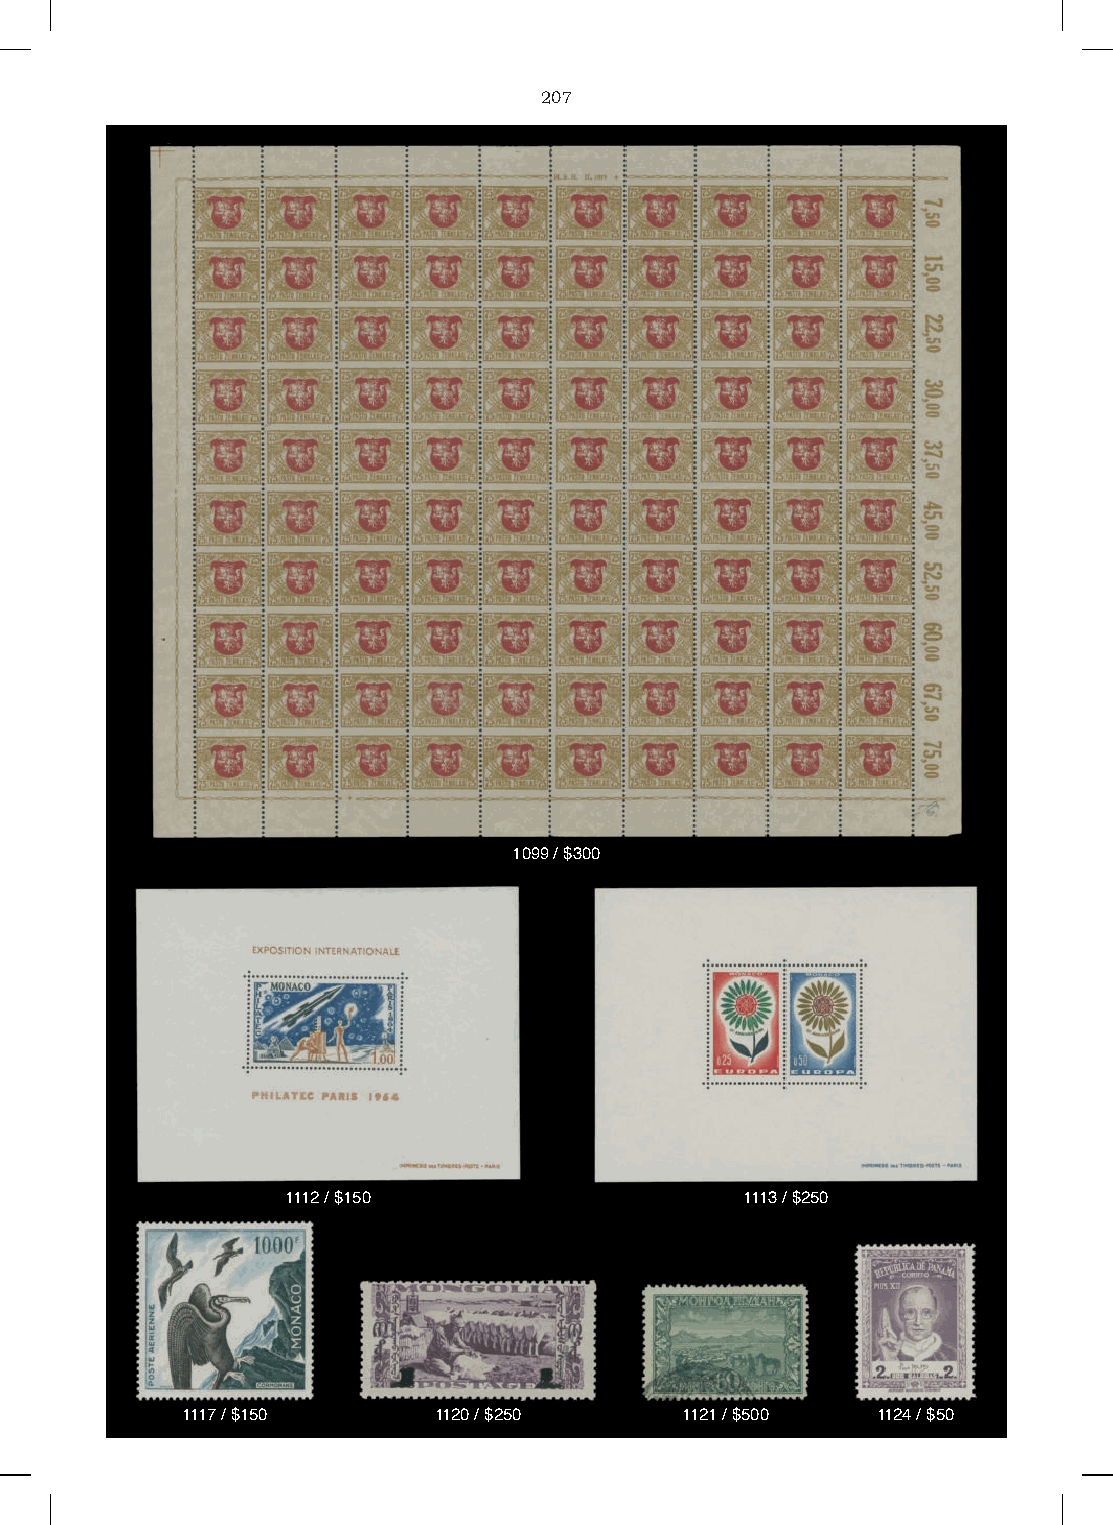
207
 1099 / $300
 1112 / $150                   1113 / $250
 1117 / $150      1120 / $250     1121 / $500  1124 / $50